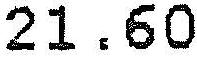
21.60